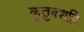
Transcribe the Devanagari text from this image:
कुतुबशहि